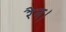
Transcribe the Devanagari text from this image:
रैन।